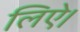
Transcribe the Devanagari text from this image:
लिऐ।